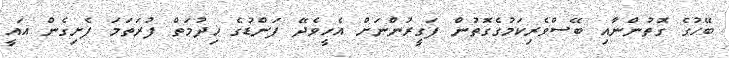
ބޭހުގެ ގޮތުންނާއި ބޭސްވެރިކަމުގެގޮތުން ފަގީރުންނަށް އެހީވެދޭ ފަންޑުގެ ޚިދުމަތް ފުރަތަމަ ފެށިގެން އައީ